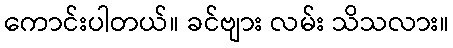
ကောင်းပါတယ်။ ခင်ဗျား လမ်း သိသလား။